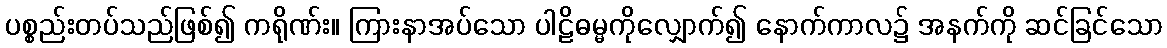
ပစ္စည်းတပ်သည်ဖြစ်၍ ကရိုဏ်း။ ကြားနာအပ်သော ပါဠိဓမ္မကိုလျှောက်၍ နောက်ကာလ၌ အနက်ကို ဆင်ခြင်သော